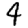
Digit: 4